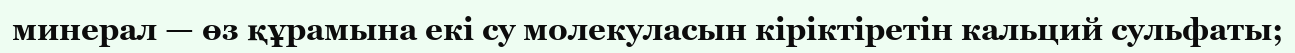
минерал — өз құрамына екі су молекуласын кіріктіретін кальций сульфаты;